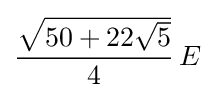
{\frac {\sqrt {50+22{\sqrt {5}}}}{4}}\,E